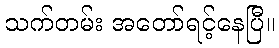
သက်တမ်း အတော်ရင့်နေပြီ။